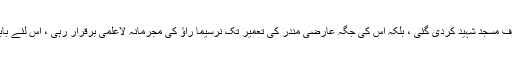
پولیس اورنیم فوجی دستوں کو مداخلت سے روک دیا گیا،پھر نہ صرف مسجد شہید کردی گئی ، بلکہ اس کی جگہ عارضی مندر کی تعمیر تک نرسیما راؤ کی مجرمانہ لاعلمی برقرار رہی ، اس لئے بابری مسجد کی شہادت کا کلیدی مجرم نرسیماراؤ کو کہا جاسکتا ہے۔